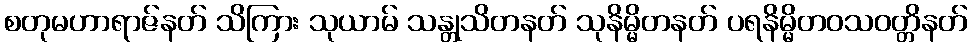
စတုမဟာရာဇ်နတ် သိကြား သုယာမ် သန္တုသိတနတ် သုနိမ္မိတနတ် ပရနိမ္မိတဝသဝတ္တိနတ်